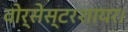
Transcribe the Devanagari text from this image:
वोर्सेस्टरशायर।